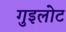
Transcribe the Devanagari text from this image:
गुइलोट